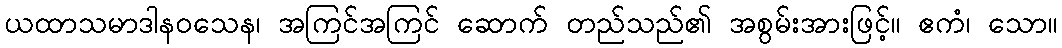
ယထာသမာဒါနဝသေန၊ အကြင်အကြင် ဆောက် တည်သည်၏ အစွမ်းအားဖြင့်။ ဧကံ၊ သော။